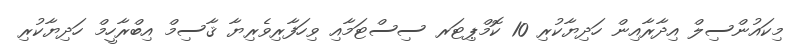
މިކައުންސިލް އިދާރާއިން ހަދިޔާކުރި 10 ކޮމްޕިޓަރ ސިސްޓަމާއި ވިހަފާރިވެރިޔާ ޤާސިމް އިބްރާހީމް ހަދިޔާކުރި